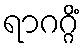
ရာဂဂ္ဂိံ